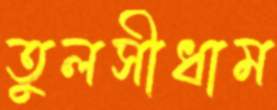
তুলসীধাম